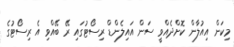
މިކަން އިއުލާން ކޮށްދެއްވީ ސަން އައިލެންޑް ރިސޯޓުގައި ރޭ ބޭއްވި އެ ރިސޯޓުގެ